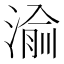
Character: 𬈝